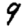
Digit: 9